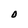
Character: 0